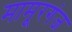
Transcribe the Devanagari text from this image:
मामूरगंज